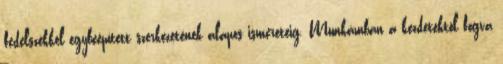
fedélszékkel egybeépített szerkezetének alapos ismeretéig. Munkámban a kezdetektôl fogva